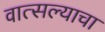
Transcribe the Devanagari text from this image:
वात्सल्याचा